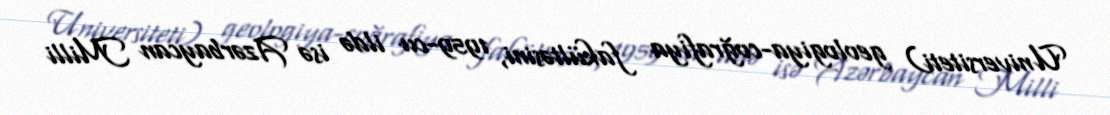
Universiteti) geologiya-coğrafiya fakültəsini, 1959-cu ildə isə Azərbaycan Milli